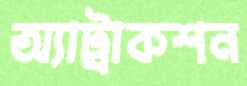
অ্যাট্রাকশন